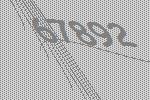
67892